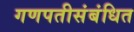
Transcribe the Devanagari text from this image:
गणपतीसंबंधित